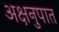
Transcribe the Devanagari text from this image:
अक्षनुपात